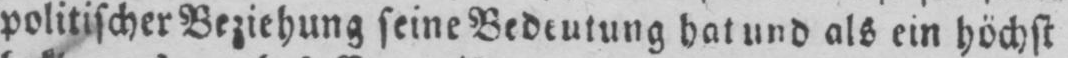
politischer Beziehung seine Bedeutung hat und als ein höchst